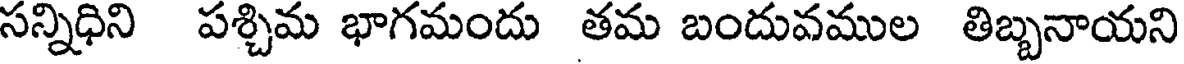
సన్నిధిని పశ్చిమ భాగమందు తమ బందువముల తిబ్బనాయని